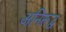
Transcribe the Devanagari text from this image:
अनिरूद्व